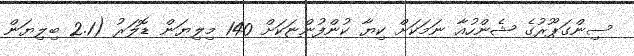
ސިންގަޕޫރުގެ ޝެންހުއާ ނަމަކަށް ކިޔާ ކުންފުންޏަކަށް 140 މިލިޔަން ޑޮލަރު (2.1 ބިލިޔަން